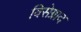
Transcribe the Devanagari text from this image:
विसेग्राद